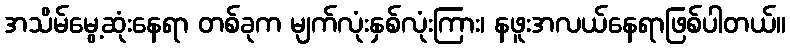
အသိမ်မွေ့ဆုံးနေရာ တစ်ခုက မျက်လုံးနှစ်လုံးကြား၊ နဖူးအလယ်နေရာဖြစ်ပါတယ်။